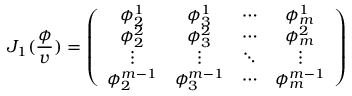
J _ { 1 } ( \frac \phi v ) = \left( \begin{array} { c c c c } { { \phi _ { 2 } ^ { 1 } } } & { { \phi _ { 3 } ^ { 1 } } } & { { \cdots } } & { { \phi _ { m } ^ { 1 } } } \\ { { \phi _ { 2 } ^ { 2 } } } & { { \phi _ { 3 } ^ { 2 } } } & { { \cdots } } & { { \phi _ { m } ^ { 2 } } } \\ { { \vdots } } & { { \vdots } } & { { \ddots } } & { { \vdots } } \\ { { \phi _ { 2 } ^ { m - 1 } } } & { { \phi _ { 3 } ^ { m - 1 } } } & { { \cdots } } & { { \phi _ { m } ^ { m - 1 } } } \end{array} \right)